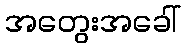
အတွေးအခေါ်